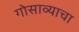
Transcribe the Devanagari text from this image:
गोसाव्याचा